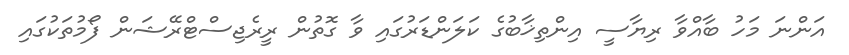
އަންނަ މަހު ބާއްވާ ރިޔާސީ އިންތިޚާބުގެ ކަލަންޑަރުގައި ވާ ގޮތުން ރީރެޖިސްޓްރޭޝަން ފޯމުތަކުގައި